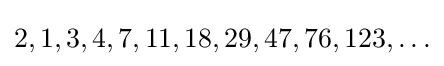
2,1,3,4,7,11,18,29,47,76,123,\ldots